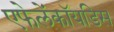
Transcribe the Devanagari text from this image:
एफेलेंकॉयडिस